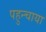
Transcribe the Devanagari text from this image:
पहुन्चाया